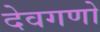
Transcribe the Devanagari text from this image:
देवगणो